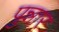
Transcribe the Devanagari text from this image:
पुन्नार